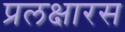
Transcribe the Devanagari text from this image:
प्रलक्षारस